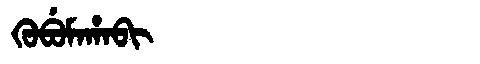
Manchu: ᡴᡠᠪᡠᠮᠠᡥᠠᠪᡳ
Romanization: KUBUMAHABI